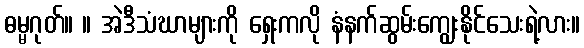
ဓမ္မဂုတ်။ ။ အဲဒီသံဃာများကို ရှေးကလို နံနက်ဆွမ်းကျွေးနိုင်သေးရဲ့လား။